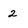
Character: 2